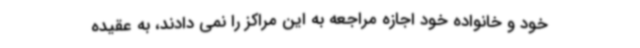
خود و خانواده خود اجازه مراجعه به این مراکز را نمی دادند، به عقیده